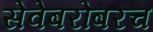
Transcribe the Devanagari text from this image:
सेवेबरोबरच